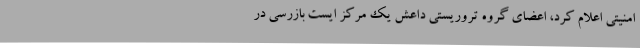
امنیتی اعلام کرد، اعضای گروه تروریستی داعش یک مرکز ایست بازرسی در